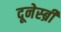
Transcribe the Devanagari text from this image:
दूनेस्ब्री